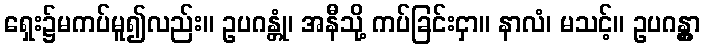
ရှေး၌မကပ်မူ၍လည်း။ ဥပဂန္တုံ၊ အနီသို့ ကပ်ခြင်းငှာ။ နာလံ၊ မသင့်။ ဥပဂန္တွာ